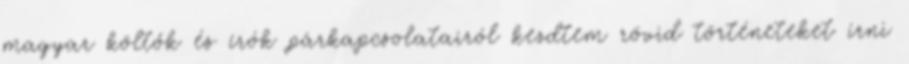
magyar költők és írók párkapcsolatairól kezdtem rövid történeteket írni